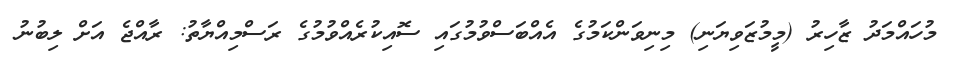
މުހައްމަދު ޒާހިރު (މީމުޒަވިޔަނި) މިނިވަންކަމުގެ އެއްބަސްވުމުގައި ސޮއިކުރެއްވުމުގެ ރަސްމިއްޔާތު: ރާއްޖެ އަށް ލިބުނު